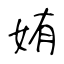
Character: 姷